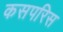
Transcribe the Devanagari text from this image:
कसपरिस